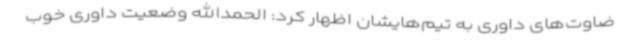
ضاوت‌های داوری به تیم‌هایشان اظهار کرد: الحمدالله وضعیت داوری خوب